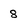
Character: 8